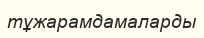
тұжарамдамаларды